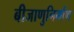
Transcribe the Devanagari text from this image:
बीजाणुनिर्माण